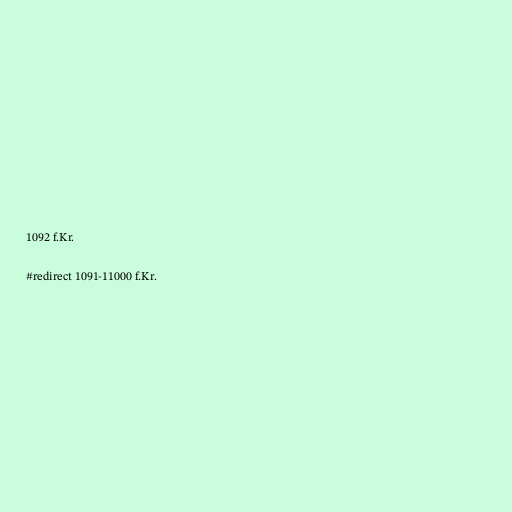
1092 f.Kr.

#redirect 1091-11000 f.Kr.